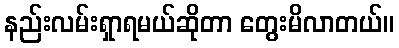
နည်းလမ်းရှာရမယ်ဆိုတာ တွေးမိလာတယ်။